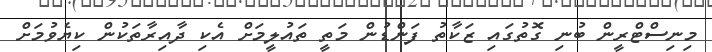
މިނިސްޓްރީން ބުނި ގޮތުގައި ޒަކާތު ފަންޑުން މަތީ ތައުލީމަށް އެކި ދާއިރާތަކުން ކިޔެވުމަށް